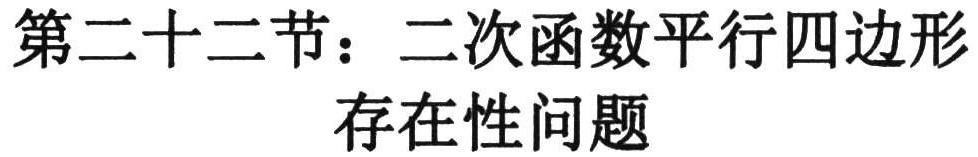
第二十二节：二次函数平行四边形
存在性问题